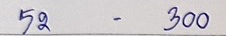
52 - 300